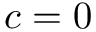
c = 0